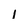
Character: 1